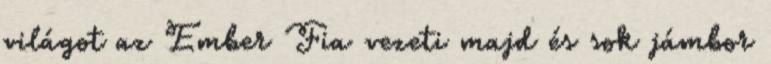
világot az Ember Fia vezeti majd és sok jámbor